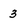
Character: 3